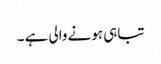
تباہی ہونے والی ہے ۔